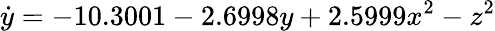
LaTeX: \dot{y}=-10.3001-2.6998y+2.5999x^{2}-z^{2}